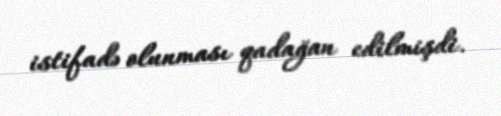
istifadə olunması qadağan edilmişdi.